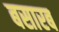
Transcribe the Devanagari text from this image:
बसारब